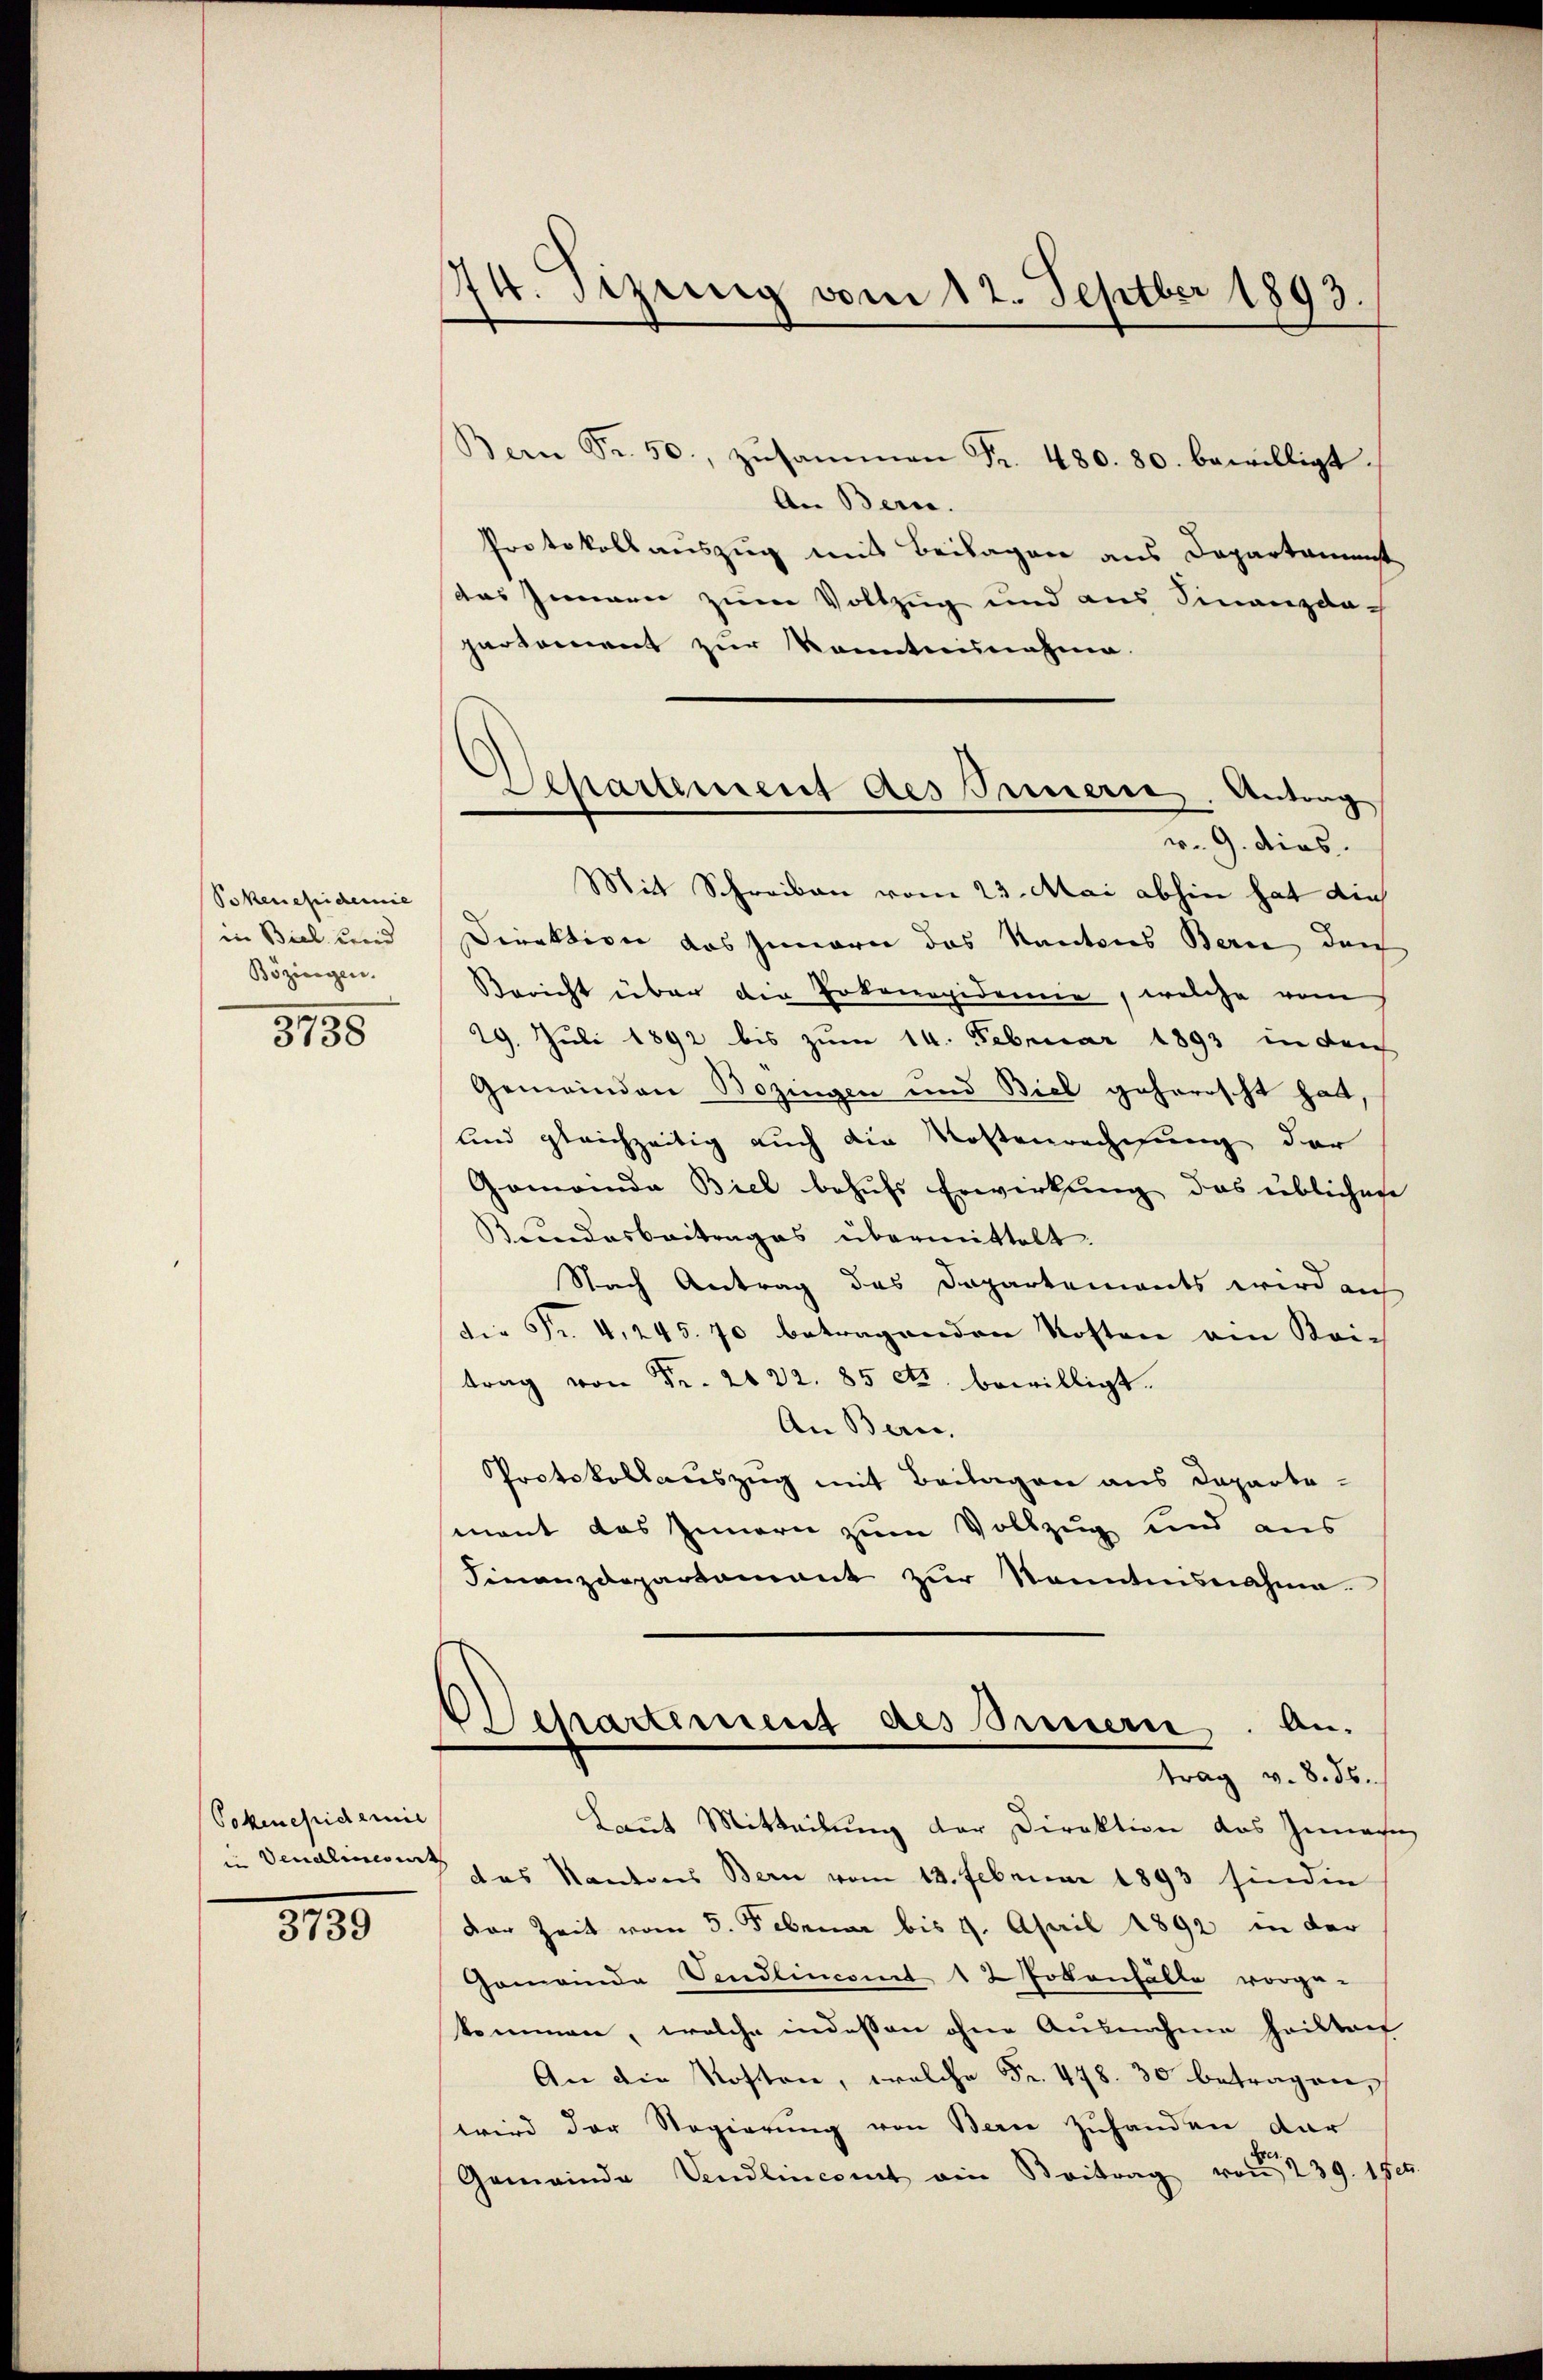
Pokenepidemie
in Biel und
Bözingen.

3735

Pokenepidemie
in Vendlincont

3739

74. Sezung vom 12. Septber 1893.

Bern Fr. 50. zŭsammen Fr. 480. 80. bewilligt.
An Bern.
Protokollauszug mit Beilagen aus Departamenst
das Zimmen zum Vollzug und aus Finanzda-
parkoment zur Kenntnunahme.
v. 9. dies
Mit Schreiben vom 23. Mai abhin hat die
Direktion das Innern das Kantons Berne durch
Bericht über die Lokonapidemie, welche vom
29. Juli 1892 bis zum 14. Februar 1893 in den
Gemeinden Bozingen und Biel geherrscht hatt,
und gleichzeitig auch die Kostenrechnung der
Gemeinde Biel behufs Erwirkung das üblichen
Bundesbeitrages übermittelt.
Nach Antrag das Dapartements wird auf
die Fr. 4, 245. 70 betragenden Kosten ein Kai-
trag von Fr. 2122. 85 cts. bewilligt.
An Beric
Protokollauszug mit Beilagen aus Departemant das Innern zum Vollzug und aus
Finanzdepartamant zŭr Kenntnisnahme.
Departement des Innern. An-
trag v. 8. ds.
Laut Mitteilung der Direktion das Innern
das Kantons Bern vom 12. Februar 1893 sinden
der Zeit vom 5. Februar bis 4. April 1892 in der
Gemeinde Vendlincomit 12 Jokanfälle vorge-
kommen, welche indessen ohne Ausnahme heilten
And 4 ten
wird der Regierŭng von Bern Zuhanden dar
Gemeinde Vendlincomt ein Beitrag von 239. 1 fet

Aepartement des Innern. Antrag